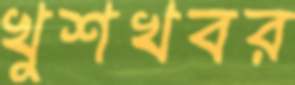
খুশখবর